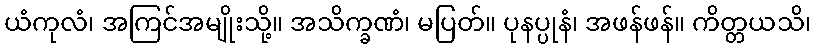
ယံကုလံ၊ အကြင်အမျိုးသို့။ အသိက္ခဏံ၊ မပြတ်။ ပုနပ္ပုနံ၊ အဖန်ဖန်။ ကိတ္တယသိ၊